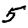
Digit: 5